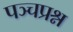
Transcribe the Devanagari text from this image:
पञ्चप्रश्न